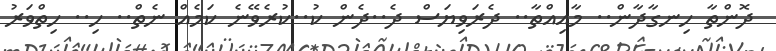
ދޮންތާ ހިނގާދާން.. މާއިއްތާ.. ދެރަވިޔަސް ދެ..ދެން ކު..ކުރެވޭނެ ކަމެއް ނެތް.. ހި.. ހިތްވަރު